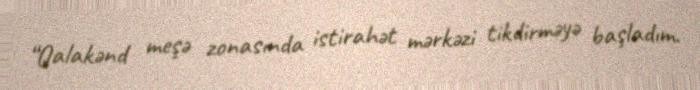
“Qalakənd meşə zonasında istirahət mərkəzi tikdirməyə başladım.